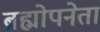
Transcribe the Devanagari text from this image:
ब्रह्मोपनेता